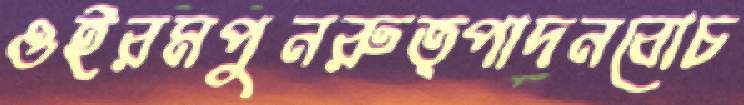
ওইরমপুনরুত্পাদনবোচ